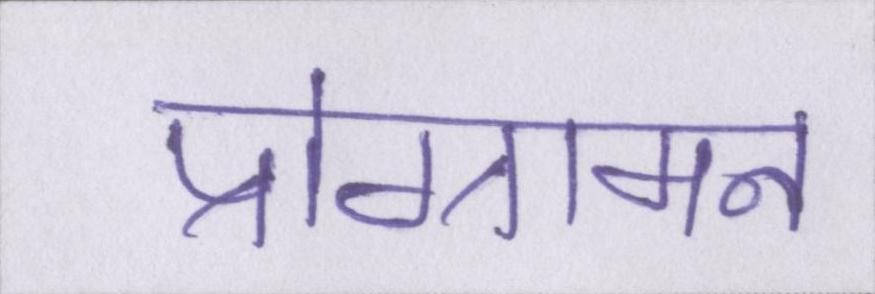
प्रोग्रामन